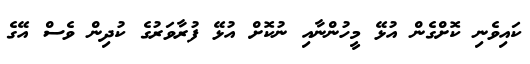
ކައިވެނި ކޮށްގެން އުޅޭ މީހުންނާއި ނުކޮށް އުޅޭ ފުރާވަރުގެ ކުދިން ވެސް އޭގެ